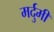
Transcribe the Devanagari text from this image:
मर्दुमी